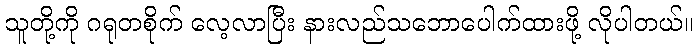
သူတို့ကို ဂရုတစိုက် လေ့လာပြီး နားလည်သဘောပေါက်ထားဖို့ လိုပါတယ်။